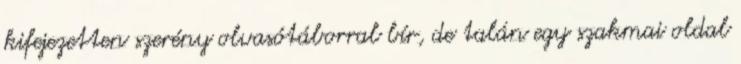
kifejezetten szerény olvasótáborral bír, de talán egy szakmai oldal